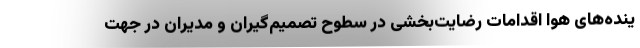
ینده‌های هوا اقدامات رضایت‌بخشی در سطوح تصمیم‌گیران و مدیران در جهت